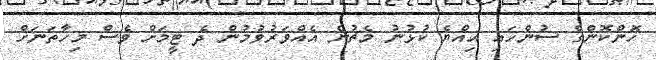
ހޮންކޮންގެ ސުންހައި އިއްޔެ ކުޅުނު މެޗުން އެއްވަރުވުމުން ދެ ޓީމަށް ވެސް މިހާތަނަށް